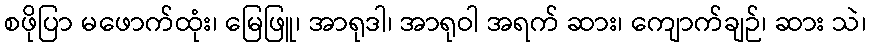
စဖိုပြာ မဖောက်ထုံး၊ မြေဖြူ၊ အာရုဒါ၊ အာရုဝါ အရက် ဆား၊ ကျောက်ချဉ်၊ ဆား သဲ၊